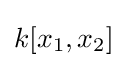
k[x_{1},x_{2}]